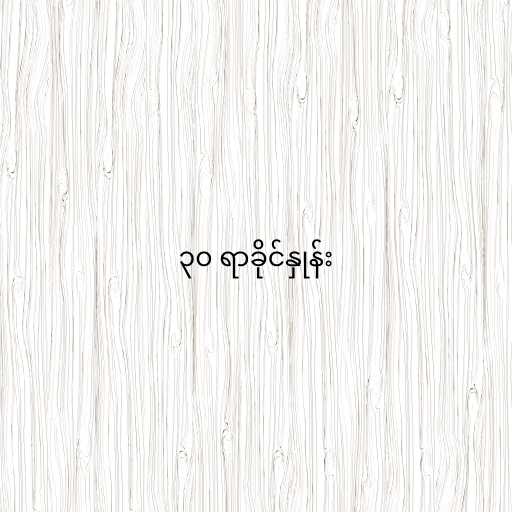
၃၀ ရာခိုင်နှုန်း